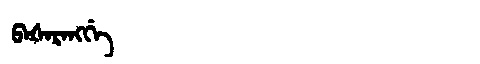
Manchu: ᠪᠠᡧᠠᡵᠠᠩᡤᡝ
Romanization: BAŠARANGGE